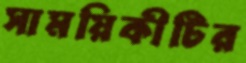
সাময়িকীটির